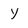
Character: Y